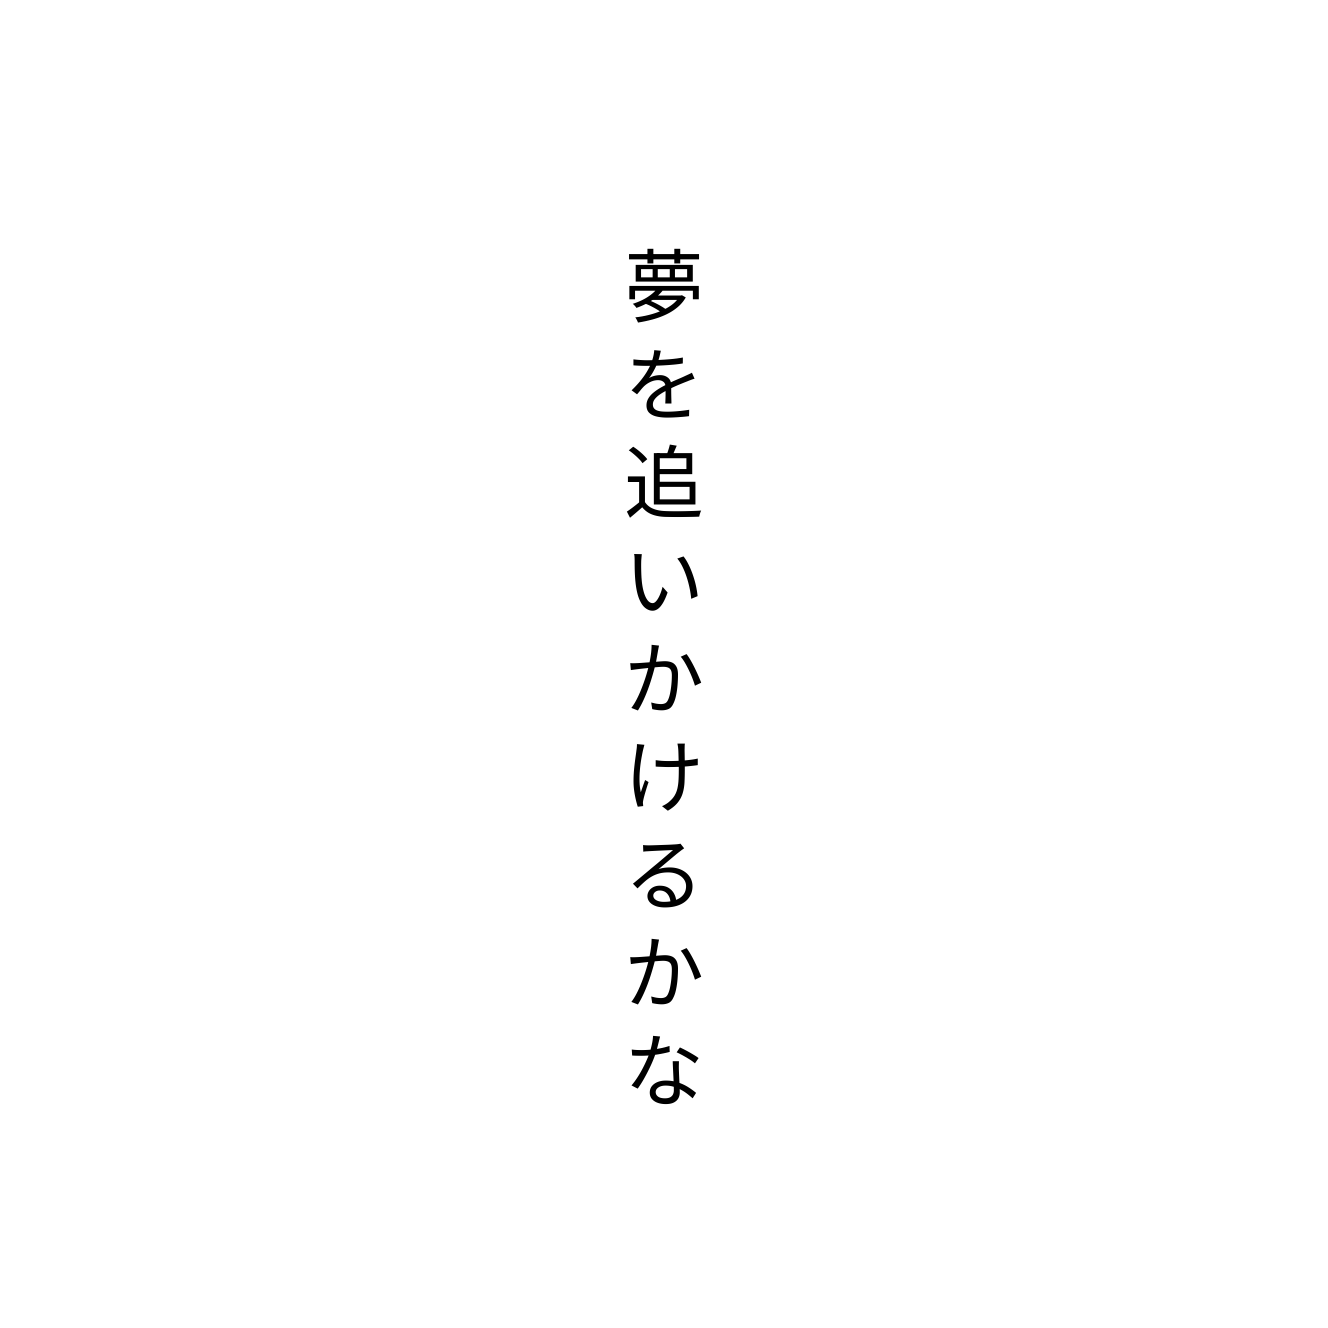
夢を追いかけるかな